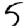
Digit: 5